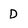
Character: D